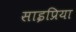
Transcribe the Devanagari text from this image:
साइप्रिया